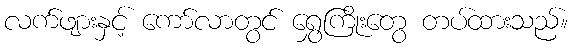
လက်ဖျားနှင့် ကော်လာတွင် ရွှေကြိုးတွေ တပ်ထားသည်။